Civil Veterinary Dept. Assam report 1911-1927 - 1911-1927
Year: 1911
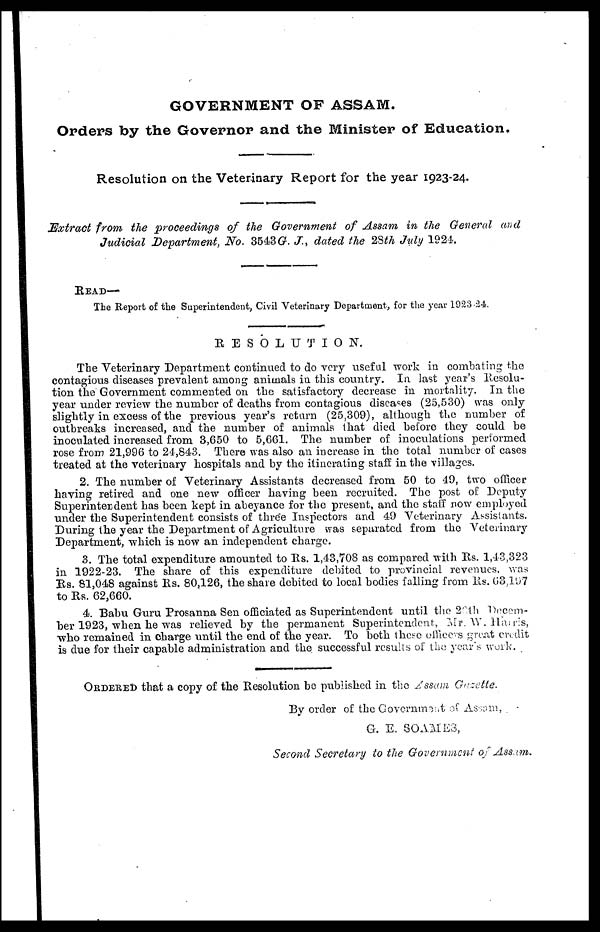
GOVERNMENT OF ASSAM.
Orders by the Governor and the Minister of Education
Resolution on the Veterinary Report for the year 1923-24.
Extract from the proceedings of the Government of Assam in the General
Judicial Department, No. 3543G. J., dated the 28th July 1924.
READ—
The Report of the Superintendent, Civil Veterinary Department, for the year 1923-24.
RESOLUTION.
The Veterinary Department continued to do very useful work in combatin
contagious diseases prevalent among animals in this country. In last year's R-
tion the. Government commented on the satisfactory decrease in mortality.
year under review the number of deaths from contagious diseases (25,530) was
slightly in excess of the previous year's return (25,309), although the numb-
outbreaks increased, and the number of animals that died before they cou-
inoculated increased from 3,650 to 5,661. The number of inoculations perf-
rose from 21,996 to 24,843. There was also an increase in the total number o1
treated at the veterinary hospitals and by the itinerating staff in the villages.
2. The number of Veterinary Assistants decreased from 50 to 49, two
having retired and one new officer having been recruited. The post of I
Superintendent has been kept in abeyance for the present, and the staff now em-
under the Superintendent consists of three Inspectors and 49 Veterinary Assi-
During the year the Department of Agriculture was separated from the Vete-
Department, which is now an independent charge.
3. The total expenditure amounted to Rs. 1,43,708 as compared with Rs. 1,
in 1922-23. The share of this expenditure debited to provincial revenue
Rs. 81,048 against Rs. 80,126, the share debited to local bodies falling from lis.
to Rs. 62,660.
4. Babu Guru Prosanna Sen officiated as Superintendent until the 20th 1
ber 1923, when he was relieved by the permanent Superintendent, Mr. W.
who remained in charge until the end of the year. To both these officers great
is due for their capable administration and the successful results of the year's w-
ORDERED that a copy of the Resolution be published in the Zssam Gazette
By order of the Government of Assam
G. E. SOAMES,
Second Secretary to the Government of